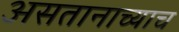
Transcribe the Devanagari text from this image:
असतानाच्याच